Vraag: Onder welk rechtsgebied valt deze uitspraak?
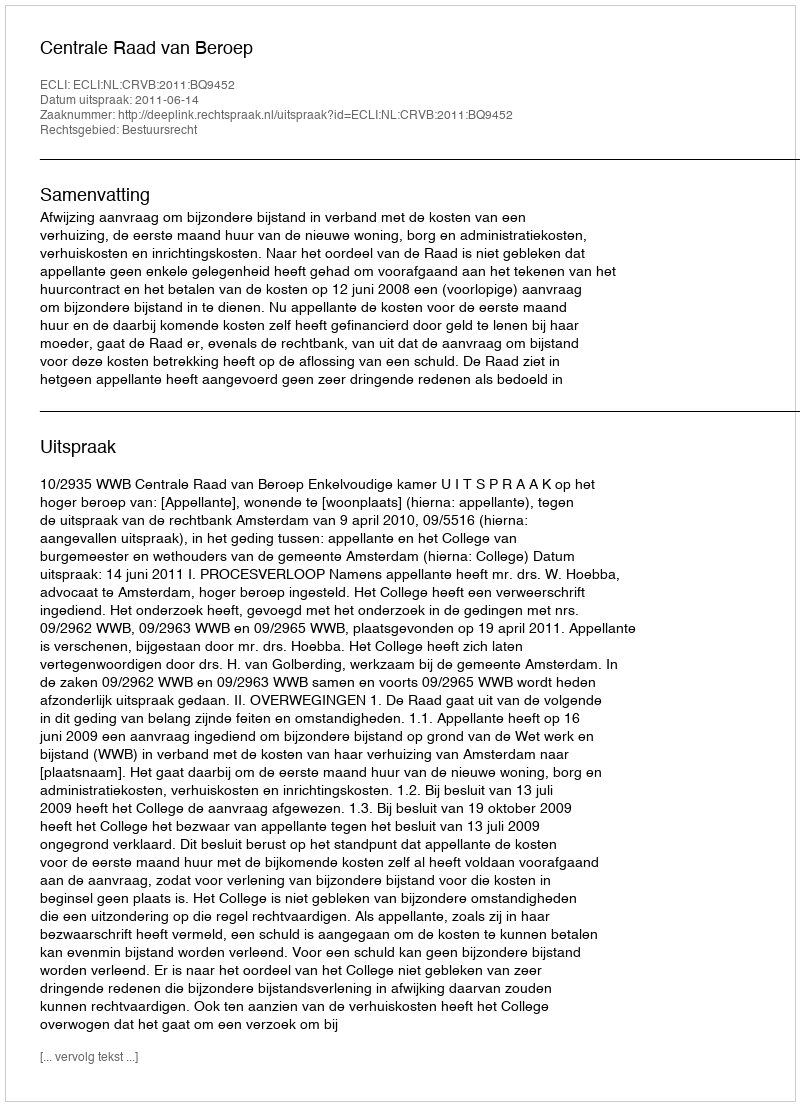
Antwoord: Bestuursrecht